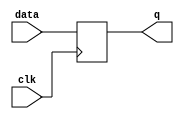
`timescale 1ns / 1ps
`default_nettype none
module register4(
	input  wire clk,
	input  wire [3:0] data,
	output reg [3:0] q
    );
	 
	always @(posedge clk) begin
		q <= data;
	end
endmodule